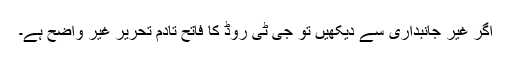
اگر غیر جانبداری سے دیکھیں تو جی ٹی روڈ کا فاتح تادم تحریر غیر واضح ہے۔